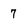
Character: 7